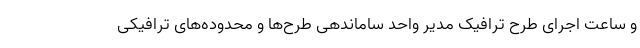
و ساعت اجرای طرح ترافیک مدیر واحد ساماندهی طرح‌ها و محدوده‌های ترافیکی